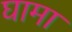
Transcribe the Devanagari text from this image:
घामा